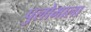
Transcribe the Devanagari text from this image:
पुलोमाला